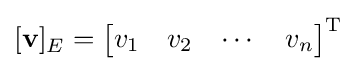
[\mathbf {v} ]_{E}={\begin{bmatrix}v_{1}&v_{2}&\cdots &v_{n}\end{bmatrix}}^{\mathrm {T} }